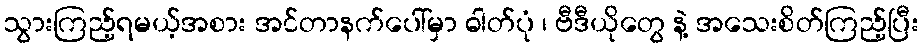
သွားကြည့်ရမယ့်အစား အင်တာနက်ပေါ်မှာ ဓါတ်ပုံ ၊ ဗီဒီယိုတွေ နဲ့ အသေးစိတ်ကြည့်ပြီး